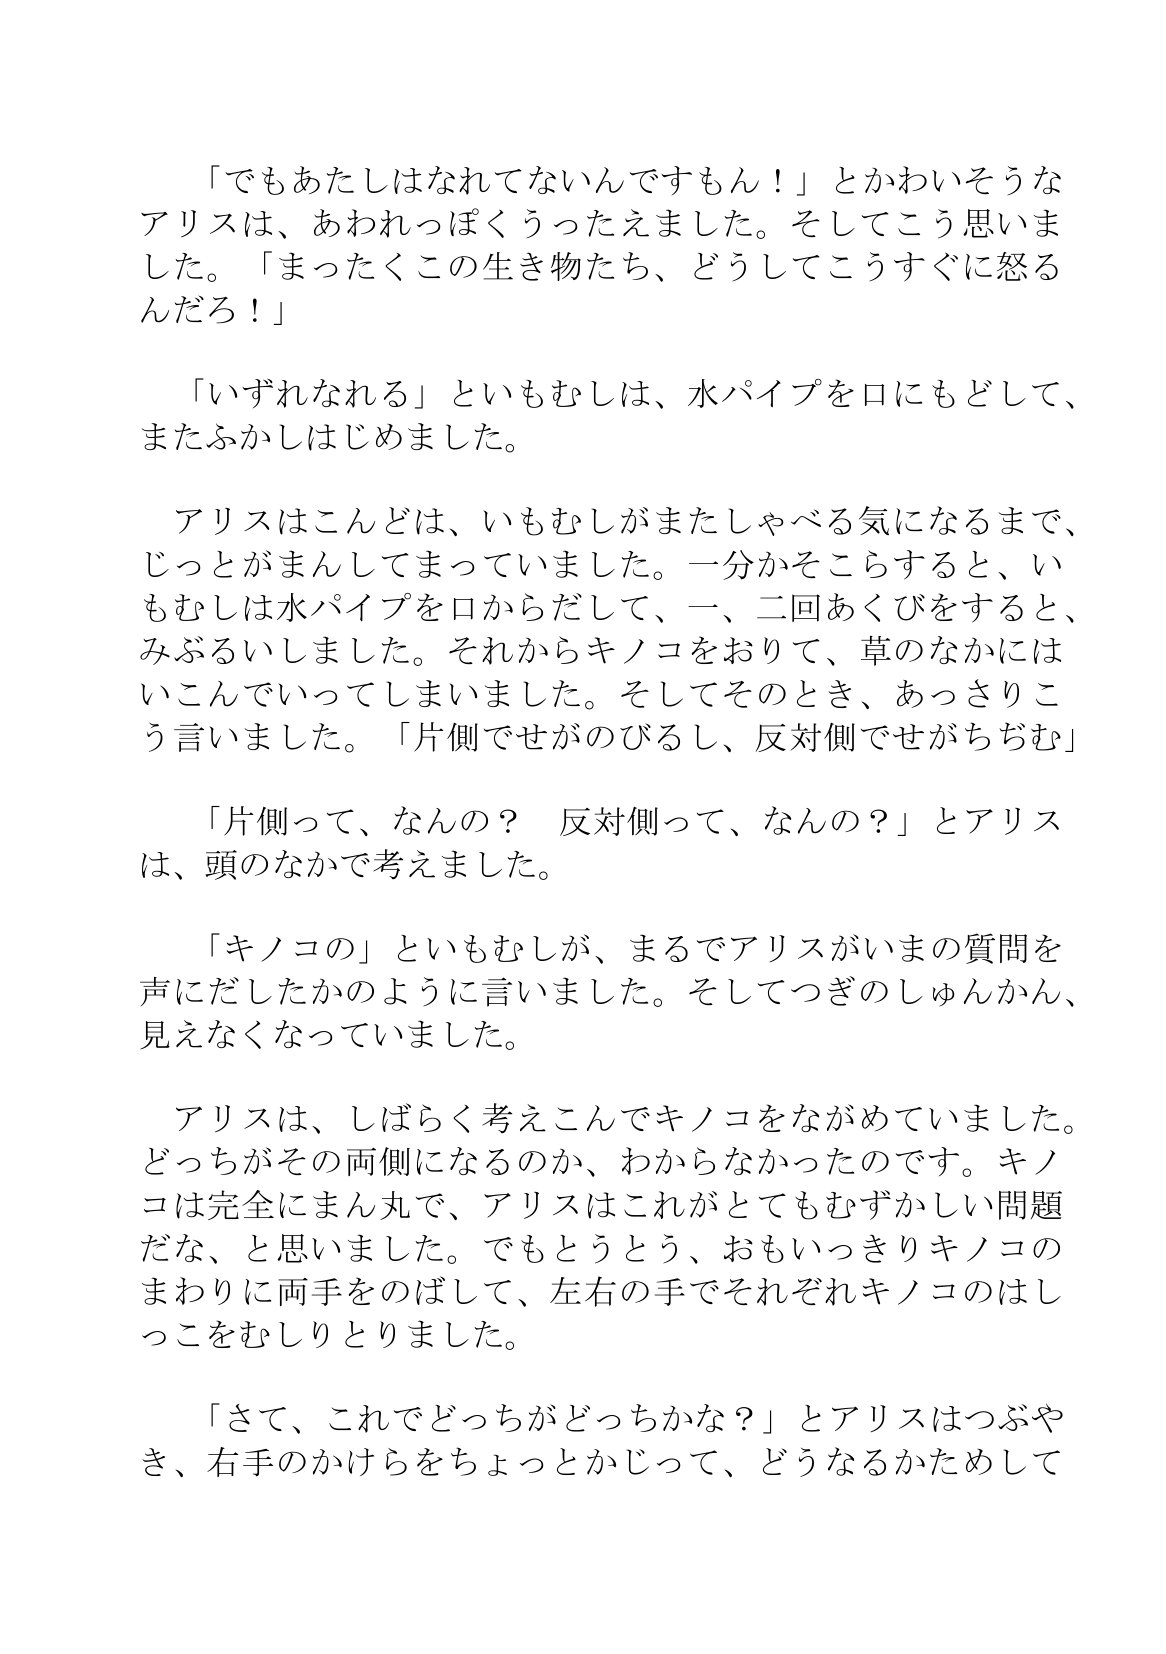
Language: ja